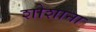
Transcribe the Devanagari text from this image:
शोशाना